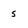
Character: s